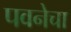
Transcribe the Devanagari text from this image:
पवनेचा